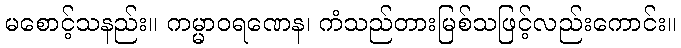
မစောင့်သနည်း။ ကမ္မာဝရဏေန၊ ကံသည်တားမြစ်သဖြင့်လည်းကောင်း။